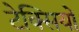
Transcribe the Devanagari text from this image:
टेक्सियों